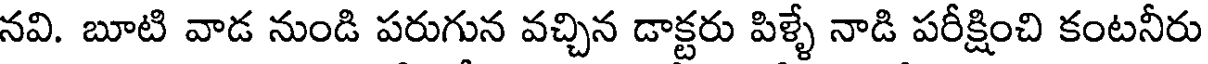
నవి. బూటి వాడ నుండి పరుగున వచ్చిన డాక్టరు పిళ్ళే నాడి పరీక్షించి కంటనీరు